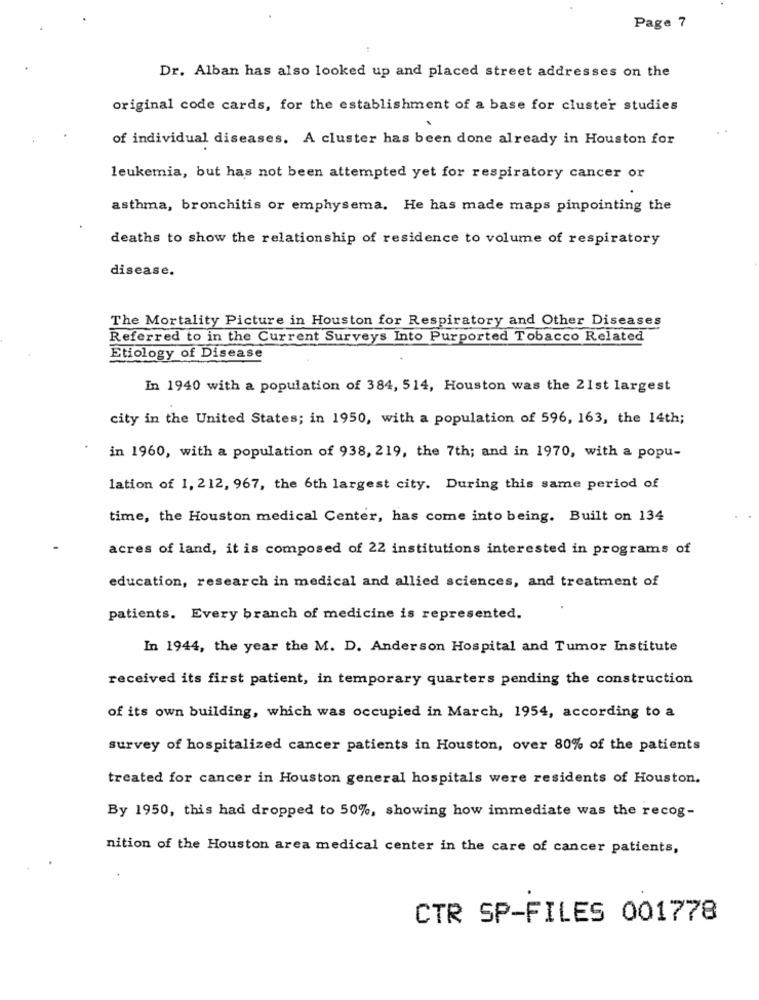
Page 7
Dr. Alban has also looked up and placed street addresses on the
original code cards, for the establishment of a base for cluster studies
of individual diseases. A cluster has been done already in Houston for
leukemia, but has not been attempted yet for respiratory cancer or
asthma, bronchitis or emphysema. He has made maps pinpointing the
deaths to show the relationship of residence to volume of respiratory
disease.
The Mortality Picture in Houston for Respiratory and Other Diseases
Referred to in the Current Surveys Into Purported Tobacco Related
Etiology of Disease
In 1940 with a population of 384, 514, Houston was the 21st largest
city in the United States; in 1950, with a population of 596, 163, the 14th;
in 1960, with a population of 938, 219, the 7th; and in 1970, with a popu-
lation of 1, 212, 967, the 6th largest city. During this same period of
time, the Houston medical Center, has come into being. Built on 134
acres of land, it is composed of 22 institutions interested in programs of
education, research in medical and allied sciences, and treatment of
patients. Every branch of medicine is represented.
In 1944, the year the M. D. Anderson Hospital and Tumor Institute
received its first patient, in temporary quarters pending the construction
of its own building, which was occupied in March, 1954, according to a
survey of hospitalized cancer patients in Houston, over 80% of the patients
treated for cancer in Houston general hospitals were residents of Houston.
By 1950, this had dropped to 50%, showing how immediate was the recog-
nition of the Houston area medical center in the care of cancer patients,
CTR SP-FILES 001778